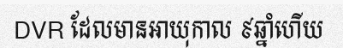
DVR ដែលមានអាយុកាល ៩ឆ្នាំហើយ